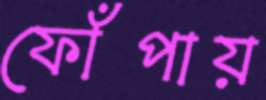
ফোঁপায়